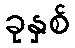
ခုနှစ်